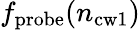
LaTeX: f_{\mathrm{probe}}(n_{\mathrm{cw1}})